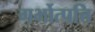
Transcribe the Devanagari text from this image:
गर्भोत्पत्ति